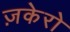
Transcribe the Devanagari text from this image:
ज़केरो